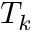
T _ { k }